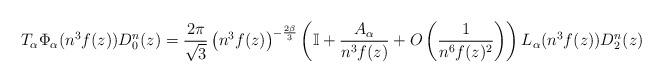
LaTeX: \begin{align*} T_{\alpha} \Phi_{\alpha}(n^3 f(z)) D_0^n(z) = \frac{2\pi}{\sqrt{3}} \left(n^3 f(z)\right)^{-\frac{2\beta}{3}}\left( \mathbb{I} + \frac{A_{\alpha}}{n^3 f(z)} + O\left(\frac{1}{n^6 f(z)^2}\right)\right)L_{\alpha} (n^3 f(z)) D_2^n(z)\end{align*}